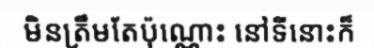
មិនត្រឹមតែប៉ុណ្ណោះ នៅទីនោះក៏